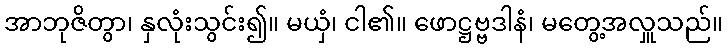
အာဘုဇိတွာ၊ နှလုံးသွင်း၍။ မယှံ၊ ငါ၏။ ဖောဋ္ဌဗ္ဗဒါနံ၊ မတွေ့အလှူသည်။